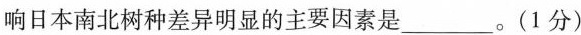
响日本南北树种差异明显的主要因素是___。(1分)